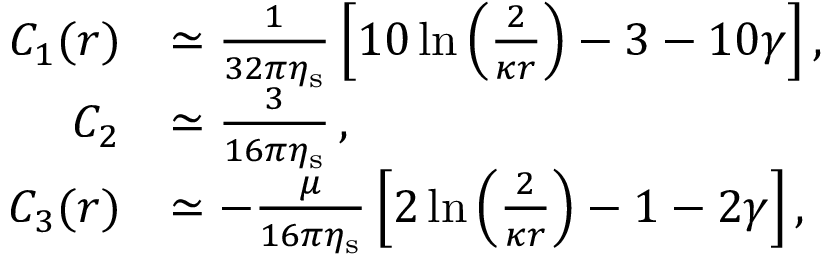
\begin{array} { r l } { C _ { 1 } ( r ) } & { \simeq \frac { 1 } { 3 2 \pi \eta _ { \mathrm { s } } } \left[ 1 0 \ln \left( \frac { 2 } { \kappa r } \right) - 3 - 1 0 \gamma \right] , } \\ { C _ { 2 } } & { \simeq \frac { 3 } { 1 6 \pi \eta _ { \mathrm { s } } } \, , } \\ { C _ { 3 } ( r ) } & { \simeq - \frac { \mu } { 1 6 \pi \eta _ { \mathrm { s } } } \left[ 2 \ln \left( \frac { 2 } { \kappa r } \right) - 1 - 2 \gamma \right] , } \end{array}